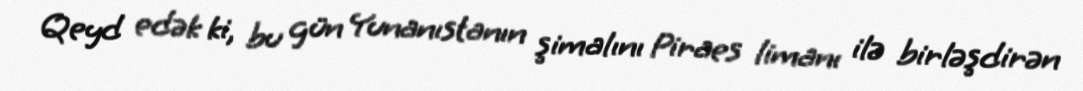
Qeyd edək ki, bu gün Yunanıstanın şimalını Piraes limanı ilə birləşdirən